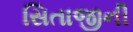
સિતાજીની